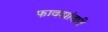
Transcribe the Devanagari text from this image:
फावड्यांवारी